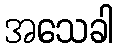
အသေခါ